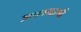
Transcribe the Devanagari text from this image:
आकशवाणी